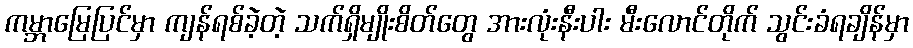
ကမ္ဘာမြေပြင်မှာ ကျန်ရစ်ခဲ့တဲ့ သက်ရှိမျိုးစိတ်တွေ အားလုံးနီးပါး မီးလောင်တိုက် သွင်းခံရချိန်မှာ